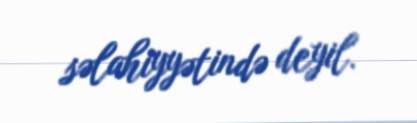
səlahiyyətində deyil.